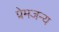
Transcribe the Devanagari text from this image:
प्रेमजन्य